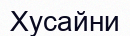
Хусайни